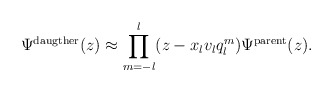
\begin{align*}\Psi^{\rm daugther}(z)\approx\prod_{m=-l}^{l}(z-x_lv_l q_{l}^m)\Psi^{\rm parent}(z).\end{align*}